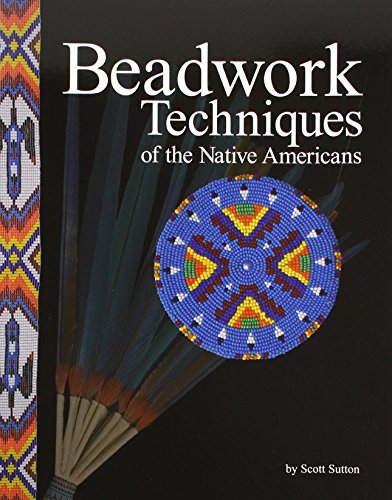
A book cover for Beadwork Techniques of the Native Americans; Scott Sutton; Crafts, Hobbies & Home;